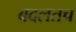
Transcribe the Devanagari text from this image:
बदलतच